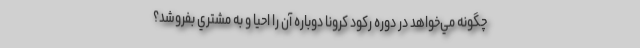
چگونه مي‌خواهد در دوره ركود كرونا دوباره آن را احيا و به مشتري بفروشد؟